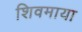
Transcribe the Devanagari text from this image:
शिवमाया